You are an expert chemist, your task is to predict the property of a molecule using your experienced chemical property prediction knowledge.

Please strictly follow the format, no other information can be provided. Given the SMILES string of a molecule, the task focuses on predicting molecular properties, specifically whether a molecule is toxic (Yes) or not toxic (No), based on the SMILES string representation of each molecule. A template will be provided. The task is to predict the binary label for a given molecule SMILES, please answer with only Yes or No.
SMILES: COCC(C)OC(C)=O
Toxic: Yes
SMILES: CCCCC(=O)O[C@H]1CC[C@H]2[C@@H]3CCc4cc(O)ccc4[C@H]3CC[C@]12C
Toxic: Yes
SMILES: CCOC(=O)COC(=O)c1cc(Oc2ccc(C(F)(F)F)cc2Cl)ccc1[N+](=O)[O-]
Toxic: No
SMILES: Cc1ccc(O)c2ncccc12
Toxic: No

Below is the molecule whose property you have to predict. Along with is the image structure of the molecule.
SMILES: CCCCOC(C)=O
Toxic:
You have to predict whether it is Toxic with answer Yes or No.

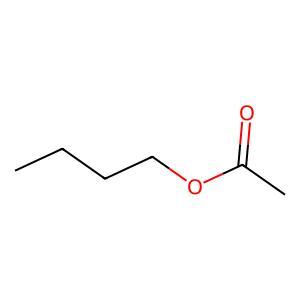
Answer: No